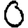
Digit: 0